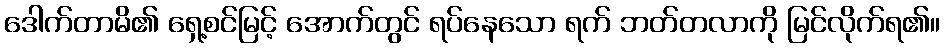
ဒေါက်တာမိ၏ ရှေ့စင်မြင့် အောက်တွင် ရပ်နေသော ရက် ဘတ်တလာကို မြင်လိုက်ရ၏။